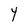
Character: Y